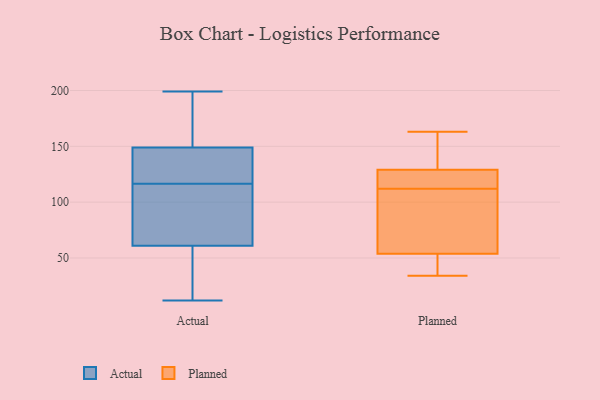
{"axis": {"x": "Website Visitors", "y": "Value"}, "legend": ["Actual", "Planned"], "data": [{"x": "", "y": 129, "type": "Actual"}, {"x": "", "y": 113, "type": "Actual"}, {"x": "", "y": 199, "type": "Actual"}, {"x": "", "y": 120, "type": "Actual"}, {"x": "", "y": 12, "type": "Actual"}, {"x": "", "y": 26, "type": "Actual"}, {"x": "", "y": 107, "type": "Actual"}, {"x": "", "y": 149, "type": "Actual"}, {"x": "", "y": 61, "type": "Actual"}, {"x": "", "y": 149, "type": "Actual"}, {"x": "", "y": 112, "type": "Planned"}, {"x": "", "y": 43, "type": "Planned"}, {"x": "", "y": 163, "type": "Planned"}, {"x": "", "y": 130, "type": "Planned"}, {"x": "", "y": 126, "type": "Planned"}, {"x": "", "y": 34, "type": "Planned"}, {"x": "", "y": 119, "type": "Planned"}, {"x": "", "y": 132, "type": "Planned"}, {"x": "", "y": 108, "type": "Planned"}, {"x": "", "y": 71, "type": "Planned"}, {"x": "", "y": 48, "type": "Planned"}]}